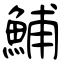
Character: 鯆